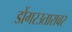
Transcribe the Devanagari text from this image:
डोंगरउतारावर